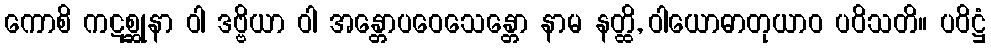
ကောစိ ကဋစ္ဆုနာ ဝါ ဒဗ္ဗိယာ ဝါ အန္တောပဝေသေန္တော နာမ နတ္ထိ, ဝါယောဓာတုယာဝ ပဝိသတိ။ ပဝိဋ္ဌံ